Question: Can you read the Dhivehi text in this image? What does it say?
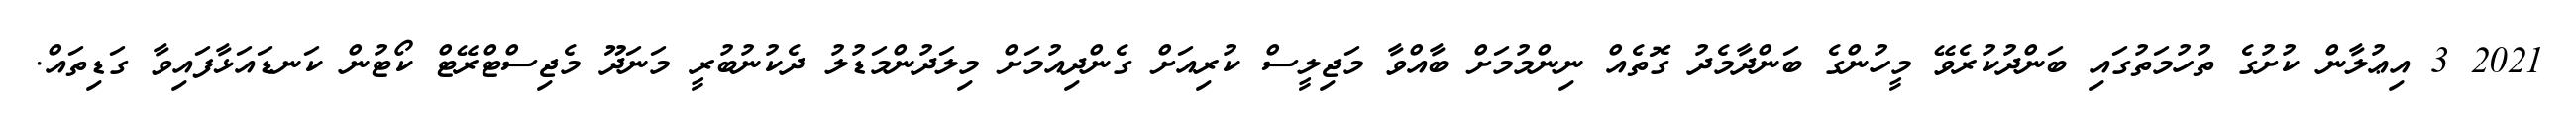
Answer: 2021 3 އިޢުލާން ކުށުގެ ތުހުމަތުގައި ބަންދުކުރެވޭ މީހުންގެ ބަންދާމެދު ގޮތެއް ނިންމުމަށް ބާއްވާ މަޖިލީސް ކުރިއަށް ގެންދިއުމަށް މިލަދުންމަޑުލު ދެކުނުބުރީ މަނަދޫ މެޖިސްޓްރޭޓް ކޯޓުން ކަނޑައަޅާފައިވާ ގަޑިތައް.